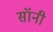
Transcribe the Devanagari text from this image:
सॉनी